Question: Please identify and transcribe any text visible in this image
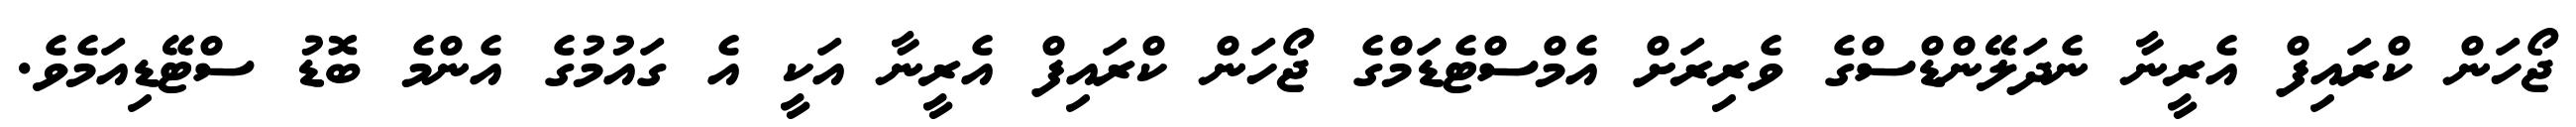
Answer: ޖޯހަން ކްރައިފް އެރީނާ ނެދަލޭންޑްސްގެ ވެރިރަށް އެމްސްޓެޑަމްގެ ޖޯހަން ކްރައިފް އެރީނާ އަކީ އެ ގައުމުގެ އެންމެ ބޮޑު ސްޓޭޑިއަމެވެ.